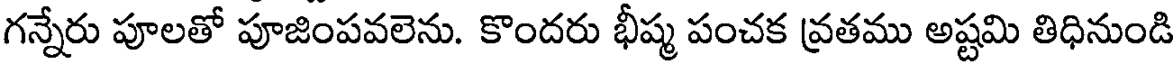
గన్నేరు పూలతో పూజింపవలెను. కొందరు భీష్మ పంచక వ్రతము అష్టమి తిధినుండి